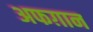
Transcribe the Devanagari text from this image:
अफग़ान